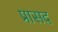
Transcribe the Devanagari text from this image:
प्रासद